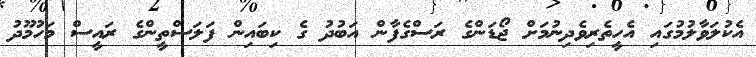
އެކުލަވާލުމުގައި އެހީތެރިވެދިނުމަށް ޖޯޑަންގެ ރަސްގެފާން އަބުދު ގެ ކިބައިން ފަލަސްތީންގެ ރައީސް މަހުމޫދު